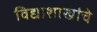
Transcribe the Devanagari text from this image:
विद्याशाखांचे